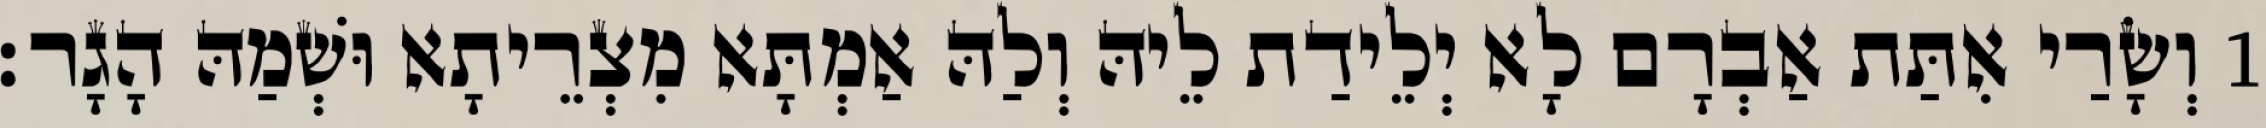
1 וְשָׂרַי אִתַּת אַבְרָם לָא יְלֵידַת לֵיהּ וְלַהּ אַמְתָּא מִצְרֵיתָא וּשְׁמַהּ הָגָר׃